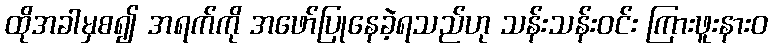
ထိုအခါမှစ၍ အရက်ကို အဖော်ပြုနေခဲ့ရသည်ဟု သန်းသန်းဝင်း ကြားဖူးနားဝ